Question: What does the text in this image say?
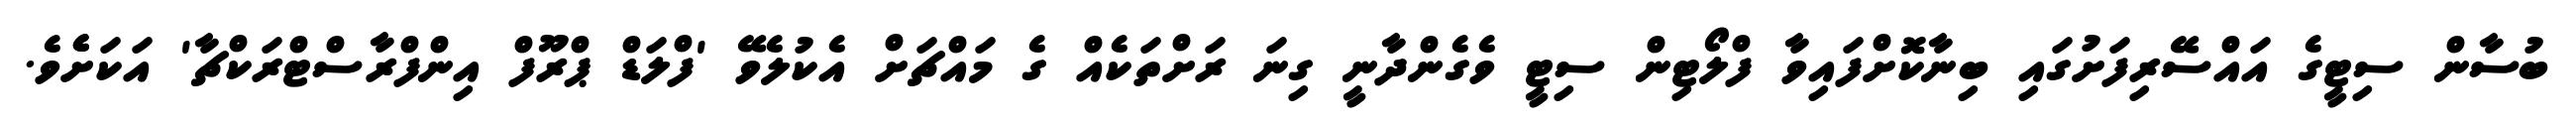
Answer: ބުސާން ސިޓީގެ އައްސޭރިފަށުގައި ބިނާކޮށްފައިވާ ފްލޯޓިން ސިޓީ ވެގެންދާނީ ގިނަ ރަށްތަކެއް ގެ މައްޗަށް އެކުލެވޭ 'ފްލަޑް ޕްރޫފް އިންފްރާސްޓްރަކްޗާ' އަކަށެެވެ.